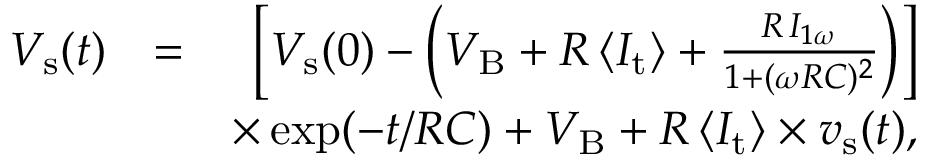
\begin{array} { r l r } { V _ { \mathrm { s } } ( t ) } & { = } & { \bigg [ V _ { \mathrm { s } } ( 0 ) - \bigg ( V _ { \mathrm { B } } + R \, \langle I _ { \mathrm { t } } \rangle + \frac { R \, I _ { 1 \omega } } { 1 + ( \omega R C ) ^ { 2 } } \bigg ) \bigg ] } \\ & { } & { \times \exp ( - t / R C ) + V _ { \mathrm { B } } + R \, \langle I _ { \mathrm { t } } \rangle \times v _ { \mathrm { s } } ( t ) , } \end{array}